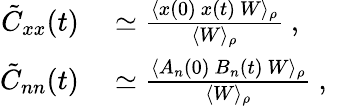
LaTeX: \begin{array}{rl}{\tilde{C}_{xx}(t)}&{{}\simeq\frac{\langle x(0)\ x(t)\ W\rangle_{\rho}}{\langle W\rangle_{\rho}}\mathrm{~,~}}\\ {\tilde{C}_{nn}(t)}&{{}\simeq\frac{\langle A_{n}(0)\ B_{n}(t)\ W\rangle_{\rho}}{\langle W\rangle_{\rho}}\mathrm{~,~}}\end{array}